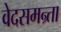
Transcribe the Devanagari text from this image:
वेदसमन्र्ता